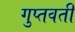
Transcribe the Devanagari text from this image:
गुप्तवती